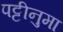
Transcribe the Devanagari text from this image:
पट्टीनुमा